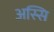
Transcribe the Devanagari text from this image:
अस्सि